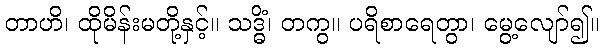
တာဟိ၊ ထိုမိန်းမတို့နှင့်။ သဒ္ဓိံ၊ တကွ။ ပရိစာရေတွာ၊ မွေ့လျော်၍။